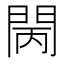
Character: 𨳵